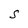
Character: S